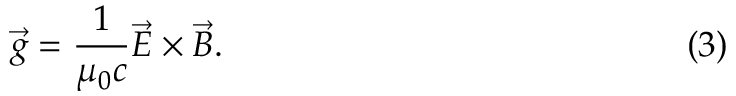
\vec { g } = \frac { 1 } { \mu _ { 0 } c } \vec { E } \times \vec { B } . \eqno ( 3 )